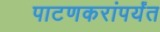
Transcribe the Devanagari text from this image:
पाटणकरांपर्यंत